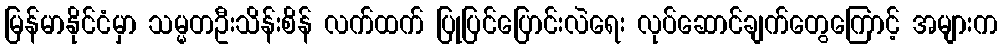
မြန်မာနိုင်ငံမှာ သမ္မတဦးသိန်းစိန် လက်ထက် ပြုပြင်ပြောင်းလဲရေး လုပ်ဆောင်ချက်တွေကြောင့် အများက